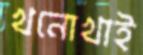
খনোখাই